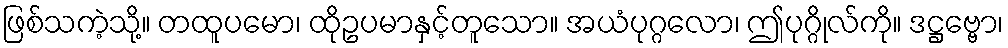
ဖြစ်သကဲ့သို့။ တထူပမော၊ ထိုဥပမာနှင့်တူသော။ အယံပုဂ္ဂလော၊ ဤပုဂ္ဂိုလ်ကို။ ဒဋ္ဌဗ္ဗော၊